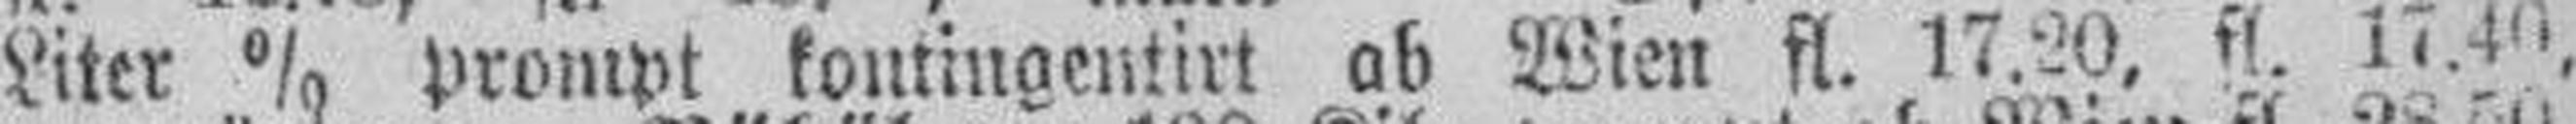
Liter % prompt kontingentirt ab Wien fl. 17.20, fl. 17.40,